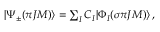
\begin{array} { r } { | \Psi _ { \pm } ( { \pi } J M ) \rangle = \sum _ { I } { C _ { I } | \Phi _ { I } ( \sigma { \pi } J M ) \rangle } \, , } \end{array}